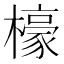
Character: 檺